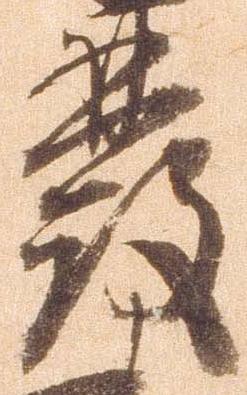
発